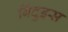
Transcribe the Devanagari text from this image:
बिंदुइस